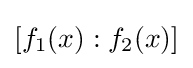
[f_{1}(x):f_{2}(x)]